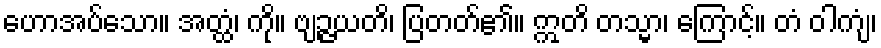
ဟောအပ်သော။ အတ္ထံ၊ ကို။ ဗျဉ္ဇယတိ၊ ပြတတ်၏။ ဣတိ တသ္မာ၊ ကြောင့်။ တံ ဝါကျံ၊